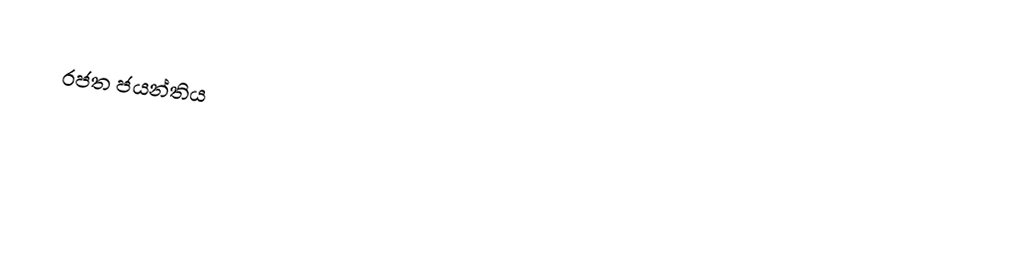
රජත ජයන්තිය